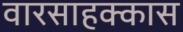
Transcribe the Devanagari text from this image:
वारसाहक्कास